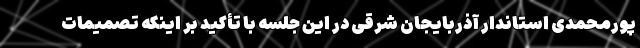
پورمحمدی استاندار آذربایجان شرقی در این جلسه با تأکید بر اینکه تصمیمات